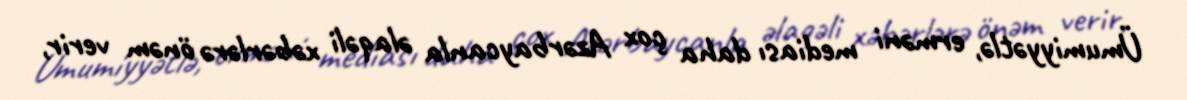
Ümumiyyətlə, erməni mediası daha çox Azərbaycanla əlaqəli xəbərlərə önəm verir,